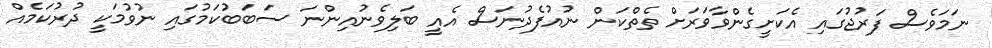
ނަމަވެސް ފަރުޖުގައި އެކަށީގެންވާވަރަށް ތެތްކަން ނުއުފެދުނަސް އެއީ ބަލިވެނުއިންނަ ސަބަބުކަމުގައި ނުވުމަކީ ދުރުކަމެއް